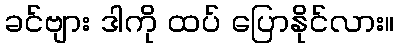
ခင်ဗျား ဒါကို ထပ် ပြောနိုင်လား။